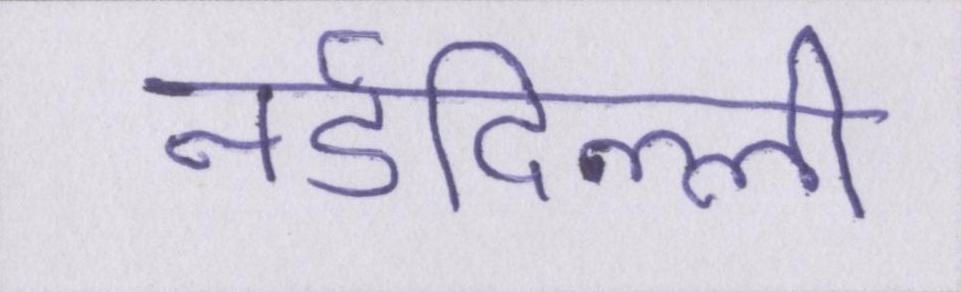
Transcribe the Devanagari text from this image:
नईदिल्ली